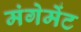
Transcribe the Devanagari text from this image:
मंगेमेंट